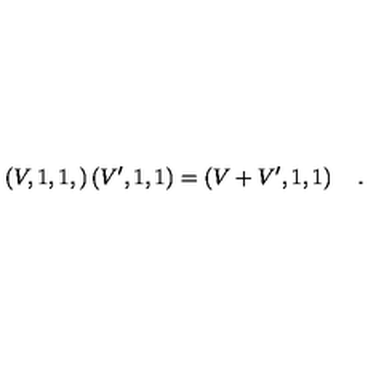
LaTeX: \left( V , 1 , 1 , \right) \left( V ^ { \prime } , 1 , 1 \right) = \left( V + V ^ { \prime } , 1 , 1 \right) \quad .